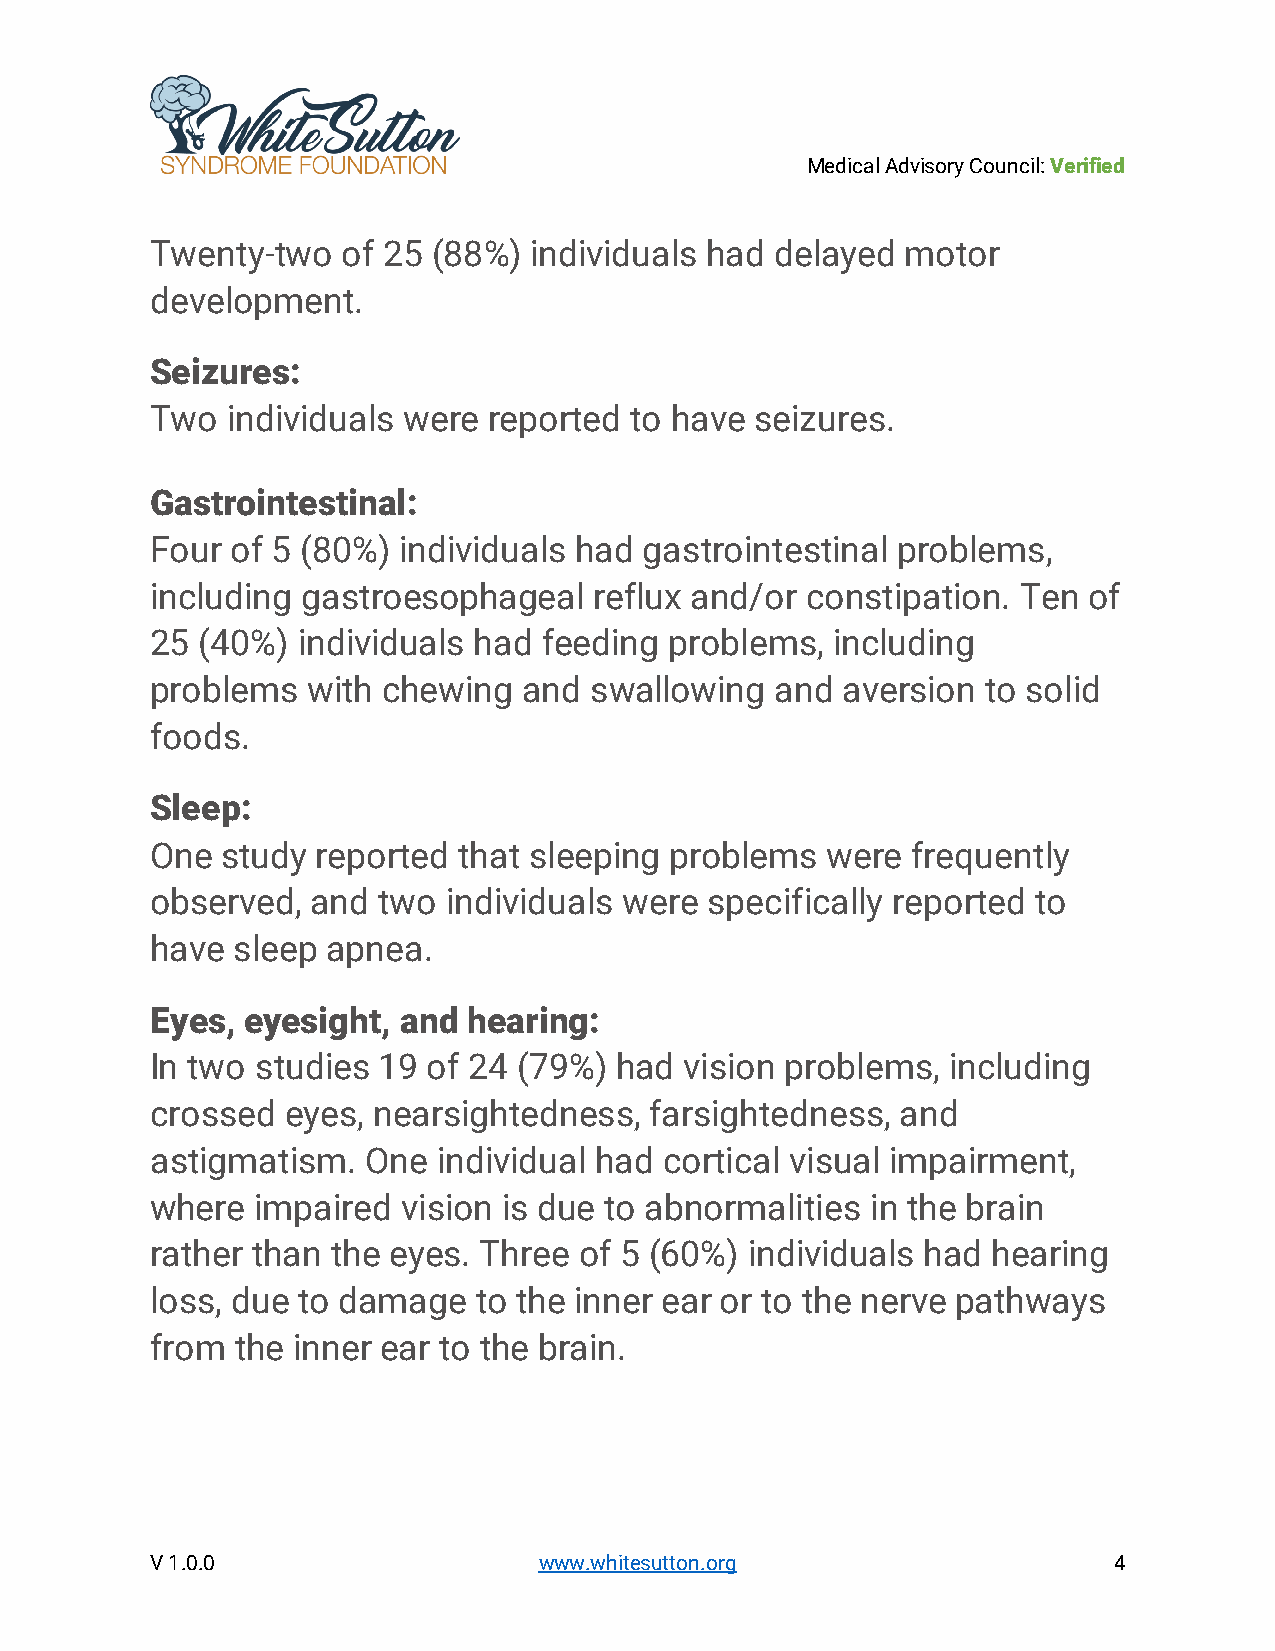
Medical Advisory Council: Verified
 Twenty-two   of 25 (88%) individuals had delayed  motor
 development.
 Seizures:
 Two  individuals were reported  to have seizures.
 Gastrointestinal:
 Four of 5 (80%) individuals had  gastrointestinal problems,
 including gastroesophageal   reflux and/or constipation.  Ten of
 25 (40%)  individuals had feeding problems,  including
 problems  with chewing   and swallowing  and  aversion to solid
 foods.
 Sleep:
 One  study reported that sleeping problems   were frequently
 observed,  and two  individuals were specifically reported to
 have sleep  apnea.
 Eyes, eyesight, and  hearing:
 In two studies 19 of 24 (79%)  had vision problems,  including
 crossed  eyes, nearsightedness,  farsightedness,  and
 astigmatism.  One  individual had cortical visual impairment,
 where  impaired  vision is due to abnormalities in the brain
 rather than the eyes. Three of 5 (60%)  individuals had hearing
 loss, due to damage   to the inner ear or to the nerve pathways
 from  the inner ear to the brain.
 V 1.0.0                   www.whitesutton.org                   4